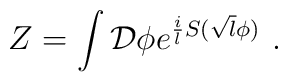
Z = \int{\cal D}\phi  e^{{i\over l}S(\sqrt{l}\phi)}~.